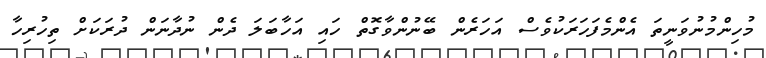
މުހިންމުނުވަނީތަ އެންމެފަހަރަކުވެސް އަހަރެން ބޭނުންވާގޮތް ހައި އަހާބަލަ ދެން ނުދާނަން ދުރަކަށް ތިހުރިހާ